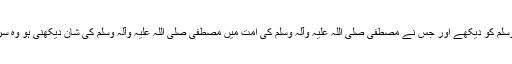
جس نے خدا کو اور خدا کی شان کو دیکھنا ہو تو مصطفیٰ صلی اللہ علیہ وآلہ وسلم کو دیکھے اور جس نے مصطفیٰ صلی اللہ علیہ وآلہ وسلم کی امت میں مصطفیٰ صلی اللہ علیہ وآلہ وسلم کی شان دیکھنی ہو وہ سرکار بغداد غوث الاعظم رضی اللہ عنہ سیدنا شیخ عبدالقادر جیلانی کو دیکھے۔